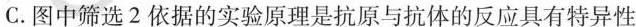
C.图中筛选2依据的实验原理是抗原与抗体的反应具有特异性